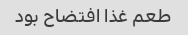
طعم غذا افتضاح بود